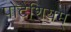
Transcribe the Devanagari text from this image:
पोटैशियम्‌